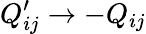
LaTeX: Q_{ij}^{\prime}\rightarrow-Q_{ij}